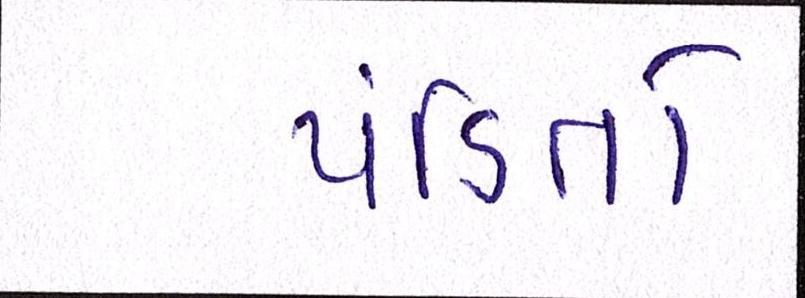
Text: પંડિતો